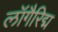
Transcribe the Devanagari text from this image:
लॉगैरिद्म